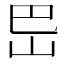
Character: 岊